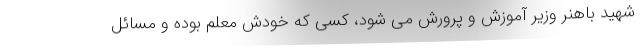
شهید باهنر وزیر آموزش و پرورش می شود، کسی که خودش معلم بوده و مسائل